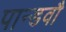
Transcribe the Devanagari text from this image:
पान्डवौ